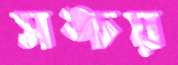
সঙ্চয়